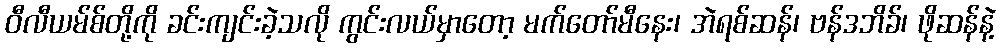
ဝီလီယမ်စ်တို့ကို ခင်းကျင်းခဲ့သလို ကွင်းလယ်မှာတော့ မက်တော်မီနေး၊ အဲရစ်ဆန်၊ ဗန်ဒဘိခ်၊ ဖိုဆန်နဲ့